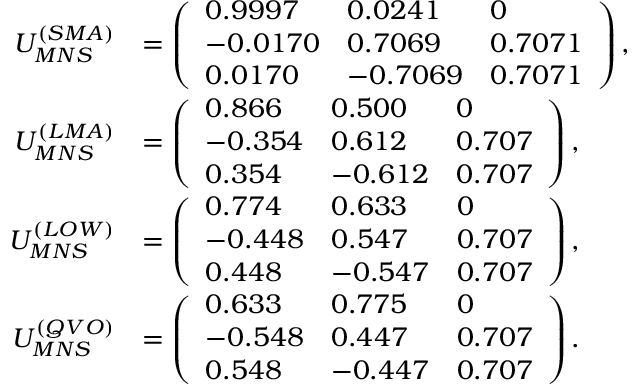
\begin{array} { r l } { { U _ { M N S } ^ { ( S M A ) } } } & { { = \left( \begin{array} { l l l } { { 0 . 9 9 9 7 } } & { { 0 . 0 2 4 1 } } & { { 0 } } \\ { { - 0 . 0 1 7 0 } } & { { 0 . 7 0 6 9 } } & { { 0 . 7 0 7 1 } } \\ { { 0 . 0 1 7 0 } } & { { - 0 . 7 0 6 9 } } & { { 0 . 7 0 7 1 } } \end{array} \right) , } } \\ { { U _ { M N S } ^ { ( L M A ) } } } & { { = \left( \begin{array} { l l l } { { 0 . 8 6 6 } } & { { 0 . 5 0 0 } } & { { 0 } } \\ { { - 0 . 3 5 4 } } & { { 0 . 6 1 2 } } & { { 0 . 7 0 7 } } \\ { { 0 . 3 5 4 } } & { { - 0 . 6 1 2 } } & { { 0 . 7 0 7 } } \end{array} \right) , } } \\ { { U _ { M N S } ^ { ( L O W ) } } } & { { = \left( \begin{array} { l l l } { { 0 . 7 7 4 } } & { { 0 . 6 3 3 } } & { { 0 } } \\ { { - 0 . 4 4 8 } } & { { 0 . 5 4 7 } } & { { 0 . 7 0 7 } } \\ { { 0 . 4 4 8 } } & { { - 0 . 5 4 7 } } & { { 0 . 7 0 7 } } \end{array} \right) , } } \\ { { U _ { M N S } ^ { ( Q V O ) } } } & { { = \left( \begin{array} { l l l } { { 0 . 6 3 3 } } & { { 0 . 7 7 5 } } & { { 0 } } \\ { { - 0 . 5 4 8 } } & { { 0 . 4 4 7 } } & { { 0 . 7 0 7 } } \\ { { 0 . 5 4 8 } } & { { - 0 . 4 4 7 } } & { { 0 . 7 0 7 } } \end{array} \right) . } } \end{array}